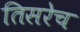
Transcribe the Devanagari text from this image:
तिसरेच